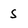
Character: S